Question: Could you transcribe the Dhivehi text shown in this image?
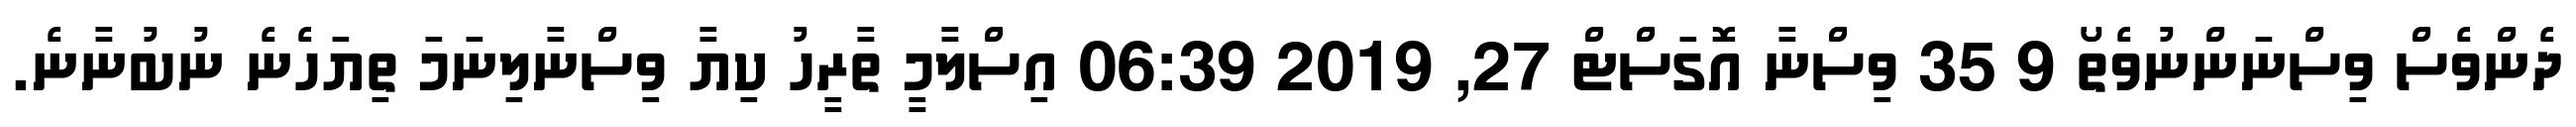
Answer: ދެންވެސް ވިސްނަންނުވެތޯ 9 35 ވިސްނާ އޮގަސްޓް 27, 2019 06:39 އިސްލާމީ ތާރީހު ކިޔާ ވިސްނާލިނަމަ ތިޔަހެނެ ނުބުނާނެ.